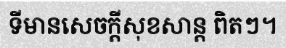
ទីមានសេចក្តីសុខសាន្ត ពិតៗ។